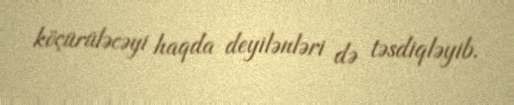
köçürüləcəyi haqda deyilənləri də təsdiqləyib.